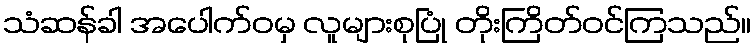
သံဆန်ခါ အပေါက်ဝမှ လူများစုပြုံ တိုးကြိတ်ဝင်ကြသည်။